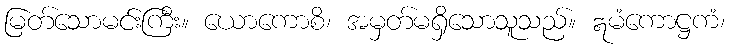
မြတ်သောမင်းကြီး။ ယောကောစိ၊ အမှတ်မရှိသောသူသည်။ ဣမံကောဋ္ဌကံ၊